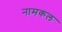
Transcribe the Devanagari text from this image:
नामकल